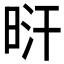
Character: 𣆙